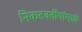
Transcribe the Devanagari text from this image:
निकटवर्तीयांमध्ये